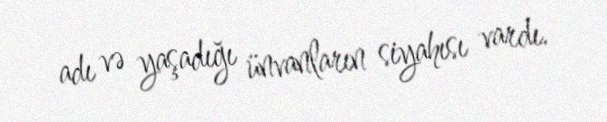
adı və yaşadığı ünvanların siyahısı vardı.